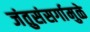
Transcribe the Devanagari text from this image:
जंतुसंसर्गामुळे